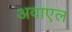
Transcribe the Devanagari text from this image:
अवाएल